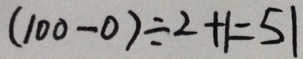
( 1 0 0 - 0 ) \div 2 + 1 = 5 1